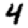
Digit: 4